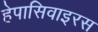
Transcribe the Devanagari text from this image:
हेपासिवाइरस